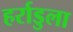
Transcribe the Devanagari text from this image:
हर्राडुला